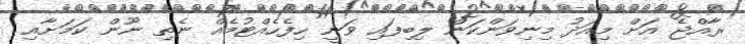
ރާއްޖެ އަށް މިއަދު މިނިވަންކަން ލިބިފައި ވަނީ ހިފެހެއްޓުމެއް ނެތި ނޫން ކަމަށާއި